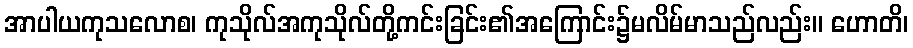
အာပါယကုသလောစ၊ ကုသိုလ်အကုသိုလ်တို့ကင်းခြင်း၏အကြောင်း၌မလိမ်မာသည်လည်း။ ဟောတိ၊